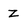
Character: Z